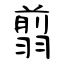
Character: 翦